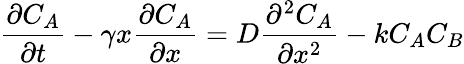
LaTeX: \frac{\partial C_{A}}{\partial t}-\gamma x\frac{\partial C_{A}}{\partial x}=D\frac{\partial^{2}C_{A}}{\partial x^{2}}-kC_{A}C_{B}